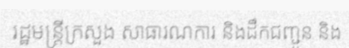
រដ្ឋមន្ត្រីក្រសួង សាធារណការ និងដឹកជញ្ជូន និង